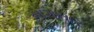
માગનાર